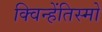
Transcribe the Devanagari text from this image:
क्विन्हेंतिस्मो